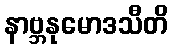
နာဗ္ဘနုမောဒသီတိ